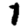
Digit: 1